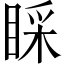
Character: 睬